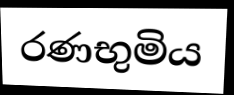
රණභුමිය